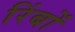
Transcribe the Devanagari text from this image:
रिंबों